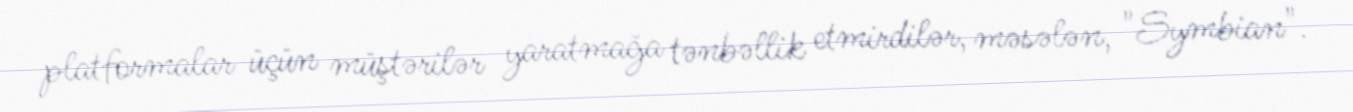
platformalar üçün müştərilər yaratmağa tənbəllik etmirdilər, məsələn, "Symbian".